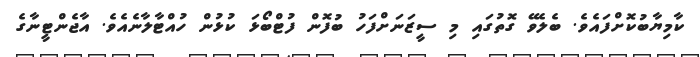
ކާމިޔާބުކޮށްފައެވެ. ބެލެވޭ ގޮތުގައި މި ސީޒަނަށްފަހު ބުފޮން ފުޓްބޯޅަ ކުޅުން ހުއްޓާލާނެއެވެ. އާޖެންޓީނާގެ